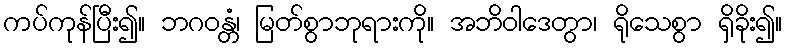
ကပ်ကုန်ပြီး၍။ ဘဂဝန္တံ၊ မြတ်စွာဘုရားကို။ အဘိဝါဒေတွာ၊ ရိုသေစွာ ရှိခိုး၍။